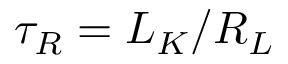
\tau _ { R } = L _ { K } / R _ { L }